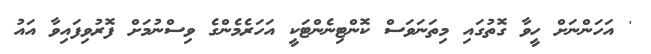
' އަހަންނަށް ހީވާ ގޮތުގައި މިތަނަވަސް ކޮންޓިނެންޓަކީ އަހަރެމެންގެ ވިސްނުމަށް ފޮރުވިފައިވާ އައު